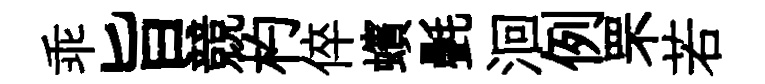
乖旨競杓倅蠙㲲洄例罘若